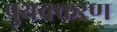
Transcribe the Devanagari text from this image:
पुथक्करण